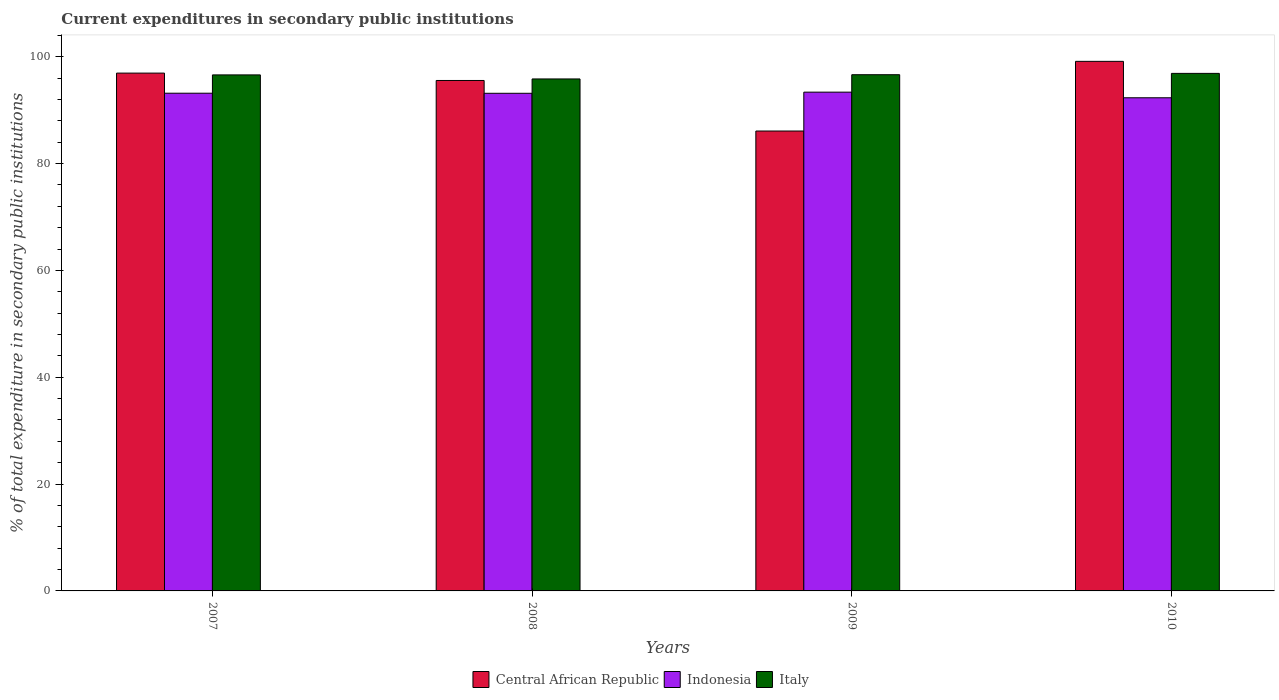
| Years | Central African Republic | Indonesia | Italy |
 | --- | --- | --- | --- |
 | 2007 | 96.9 | 93.2 | 96.6 |
 | 2008 | 95.5 | 93.1 | 95.8 |
 | 2009 | 86.1 | 93.4 | 96.6 |
 | 2010 | 99.1 | 92.3 | 96.9 |